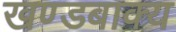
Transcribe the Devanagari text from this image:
खण्डबाक्य